Vaccination in Bombay 1913-1923 - 1913-1923
Year: 1913
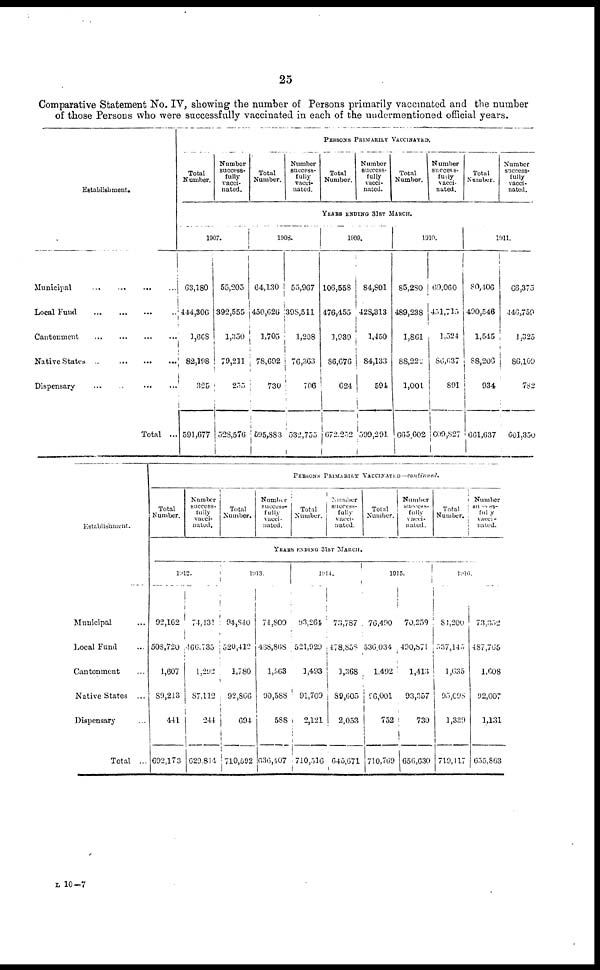
25
Comparative Statement No. IV, showing the number of Persons primarily vaccinated and the number
of those Persons who were successfully vaccinated in each of the undermentioned official years.
Establishment.
Municipal
...
...
...
...
Local Fund
...
...
...
...
Cantonment ... ... ... ...
Native States
...
...
...
...
Dispensary
...
...
...
...
Total ...
PERSONS PRIMARILY VACCINATED.
Total
Number.
Number
success-
fully
vacci-
nated.
Total
Number.
Number
success-
fully
vacci-
nated.
Total
Number.
Number
success-
fully
vacci-
nated.
Total
Number.
Number
success-
fully
vacci-
nated.
Total
Number.
Number
success-
fully
vacci-
nated.
YEARS ENDING 31ST MARCH.
1907.
63,180
444,306
1,668
82,198
325
591,677
55,205
392,555
1,350
79,211
255
528,576
1908.
64,130
450,626
1,705
78,692
730
595,883
55,967
398,511
1,208
76,363
706
532,755
1909.
106,558
476,455
1,939
86,676
624
672,252
84,801
428,313
1,450
84,133
594
599,291
1910.
85,280
489,238
1,861
88,222
1,001
665,602
69,060
451,715
1,524
86,637
891
609,827
1911.
80,406
490,546
1,545
88,206
934
661,637
66,375
446,759
1,325
86,109
782
601,350
Establishment.
Municipal ...
Local Fund ...
Cantonment ...
Native States
...
Dispensary ...
Total ...
PERSONS PRIMARILY VACCINATED—continued.
Total
Number.
Number
success-
fully
vacci-
nated.
Total
Number.
Number
success¬
fully
vacci-
nated.
Total
Number.
Number
success-
fully
vacci-
nated.
Total
Number.
Number
success¬
fully
vacci¬
nated.
Total
Number.
Number
success¬
fully
vacci-
nated.
YEARS ENDING 31ST MARCH.
1912.
92,162
508,720
1,607
89,213
441
692,173
74,431
466,735
1,292
87,112
244
629,814
1913.
94,840
520,412
1,780
92,866
694
710,592
74,800
468,868
1,563
90,588
588
636,407
1914.
93,264
521,929
1,493
91,709
2,121
710,516
73,787
478,858
1,368
89,605
2,053
645,671
1915.
76,490
536,034
1,492
96,001
752
710,769
70,259
490,871
1,413
93,357
730
656,630
1916.
84,200
537,145
1,635
95,098
1,339
719,117
73,352
487,765
1,608
92,007
1,131
655,863
L 10—7